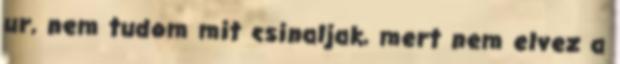
ur, nem tudom mit csinaljak, mert nem elvez a